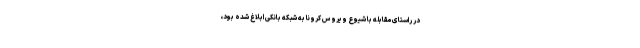
در راستای مقابله با شیوع ویروس کرونا به شبکه بانکی ابلاغ شده بود،